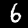
Label: 6